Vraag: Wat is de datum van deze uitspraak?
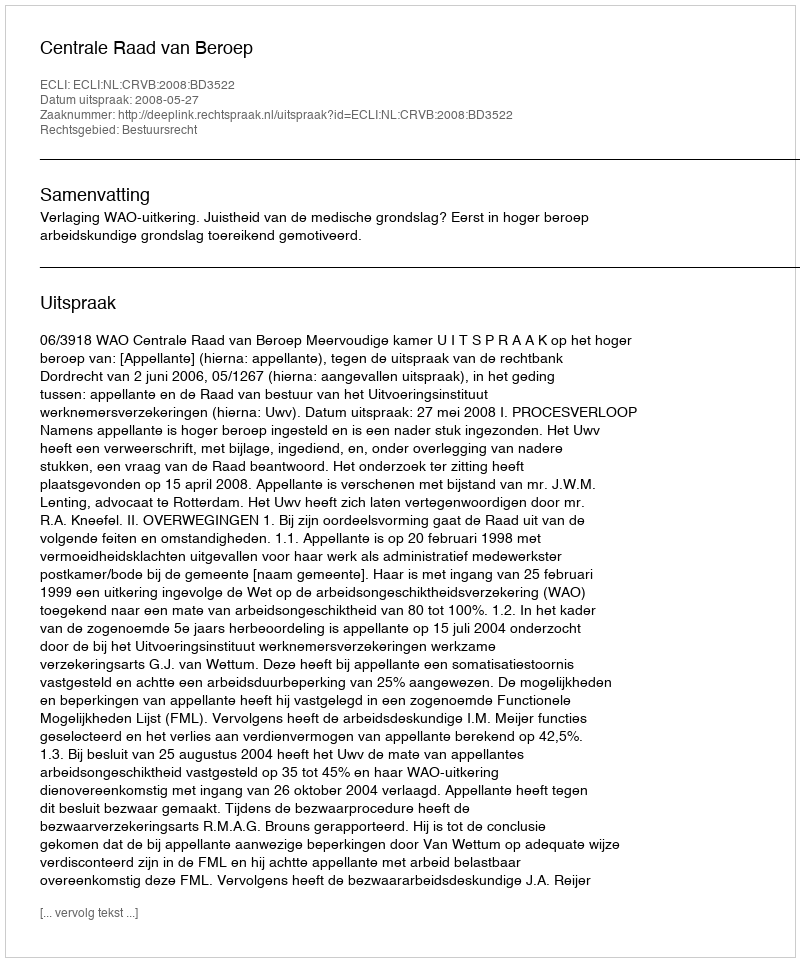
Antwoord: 2008-05-27